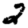
Digit: 2